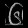
Digit: ၆